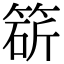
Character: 𥯩